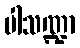
ပါသဏ္ဍာ